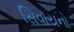
સિવાયનો